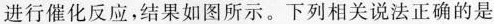
进行催化反应，结果如图所示。下列相关说法正确的是